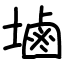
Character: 塷